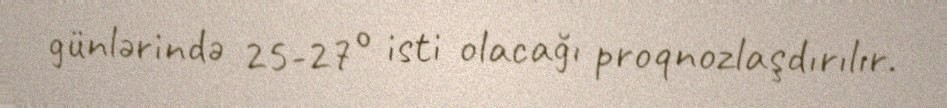
günlərində 25-27° isti olacağı proqnozlaşdırılır.